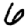
Digit: 6